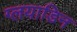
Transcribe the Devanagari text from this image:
ग्लयाडिन